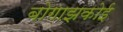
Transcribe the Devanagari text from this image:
बोगाझकोई